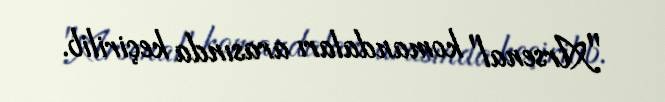
"Arsenal" komandaları arasında keçirilib.